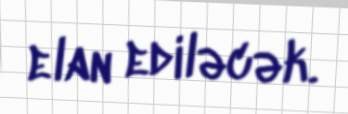
elan ediləcək.